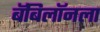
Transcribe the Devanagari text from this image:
बॅबिलॉनला